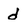
Character: d